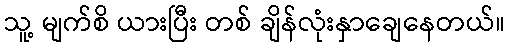
သူ့ မျက်စိ ယားပြီး တစ် ချိန်လုံးနှာချေနေတယ်။